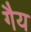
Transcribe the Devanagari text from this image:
गैय